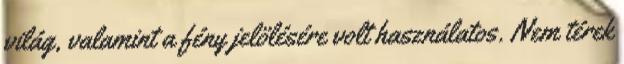
világ, valamint a fény jelölésére volt használatos. Nem térek